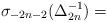
LaTeX: \begin{align*} \sigma_{-2n-2}(\Delta_{2n}^{-1}) = \end{align*}